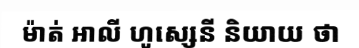
ម៉ាត់ អាលី ហូស្សេនី និយាយ ថា